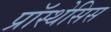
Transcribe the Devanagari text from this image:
प्रॉस्थेसिस